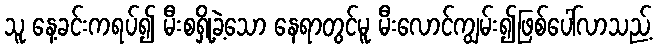
သူ နေ့ခင်းကရပ်၍ မီးစရှို့ခဲ့သော နေရာတွင်မူ မီးလောင်ကျွမ်း၍ဖြစ်ပေါ်လာသည့်